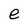
Character: e